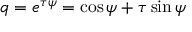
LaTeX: q = e ^ { \tau \psi } = \cos \psi + \tau \sin \psi